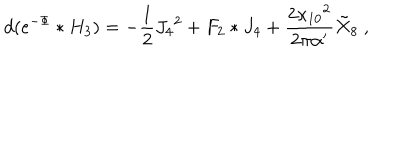
d ( e ^ { - \Phi } * H _ { 3 } ) = - { \frac { 1 } { 2 } } J _ { 4 } { } ^ { 2 } + F _ { 2 } * J _ { 4 } + { \frac { 2 \kappa _ { 1 0 } { } ^ { 2 } } { 2 \pi \alpha ^ { \prime } } } { \tilde { X } } _ { 8 } \ ,